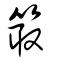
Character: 箃